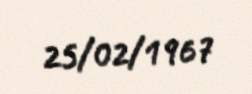
25/02/1967